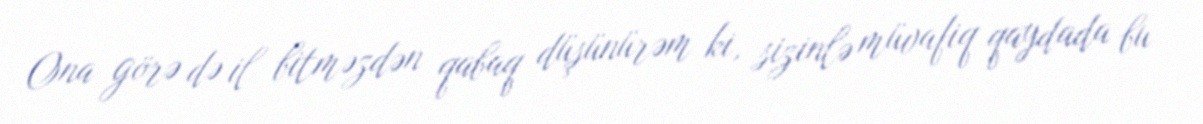
Ona görə də il bitməzdən qabaq düşünürəm ki, sizinlə müvafiq qaydada bu